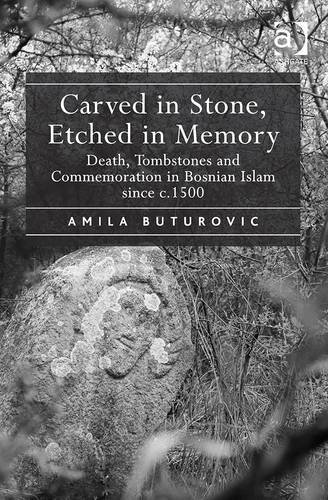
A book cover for Carved in Stone, Etched in Memory: Death, Tombstones and Commemoration in Bosnian Islam Since C.1500; Amila Buturovic; Religion & Spirituality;